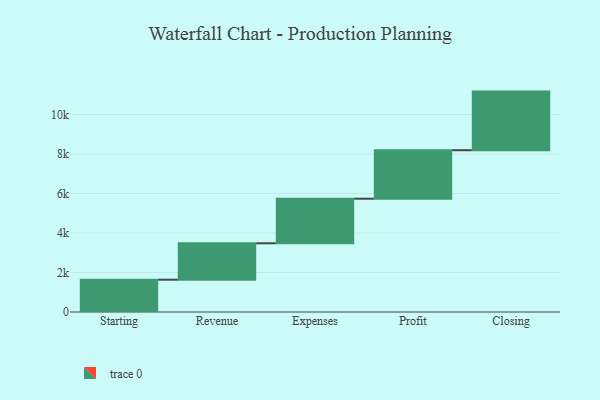
{"axis": {"x": "Step", "y": "Value"}, "legend": [""], "data": [{"x": "Starting", "y": 1636.0, "type": ""}, {"x": "Revenue", "y": 1843.0, "type": ""}, {"x": "Expenses", "y": 2258.0, "type": ""}, {"x": "Profit", "y": 2455.0, "type": ""}, {"x": "Closing", "y": 2968.0, "type": ""}]}